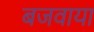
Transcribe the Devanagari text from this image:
बजवाया